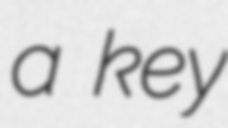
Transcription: a key